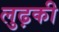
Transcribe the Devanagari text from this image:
लुढ़की